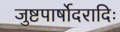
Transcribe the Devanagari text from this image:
जुष्टपार्षोदरादिः